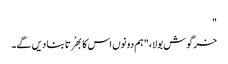
"
خرگوش بولا، "ہم دونوں اس کا بھُرتا بنا دیں گے۔